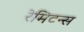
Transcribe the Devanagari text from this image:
रेमिटन्स